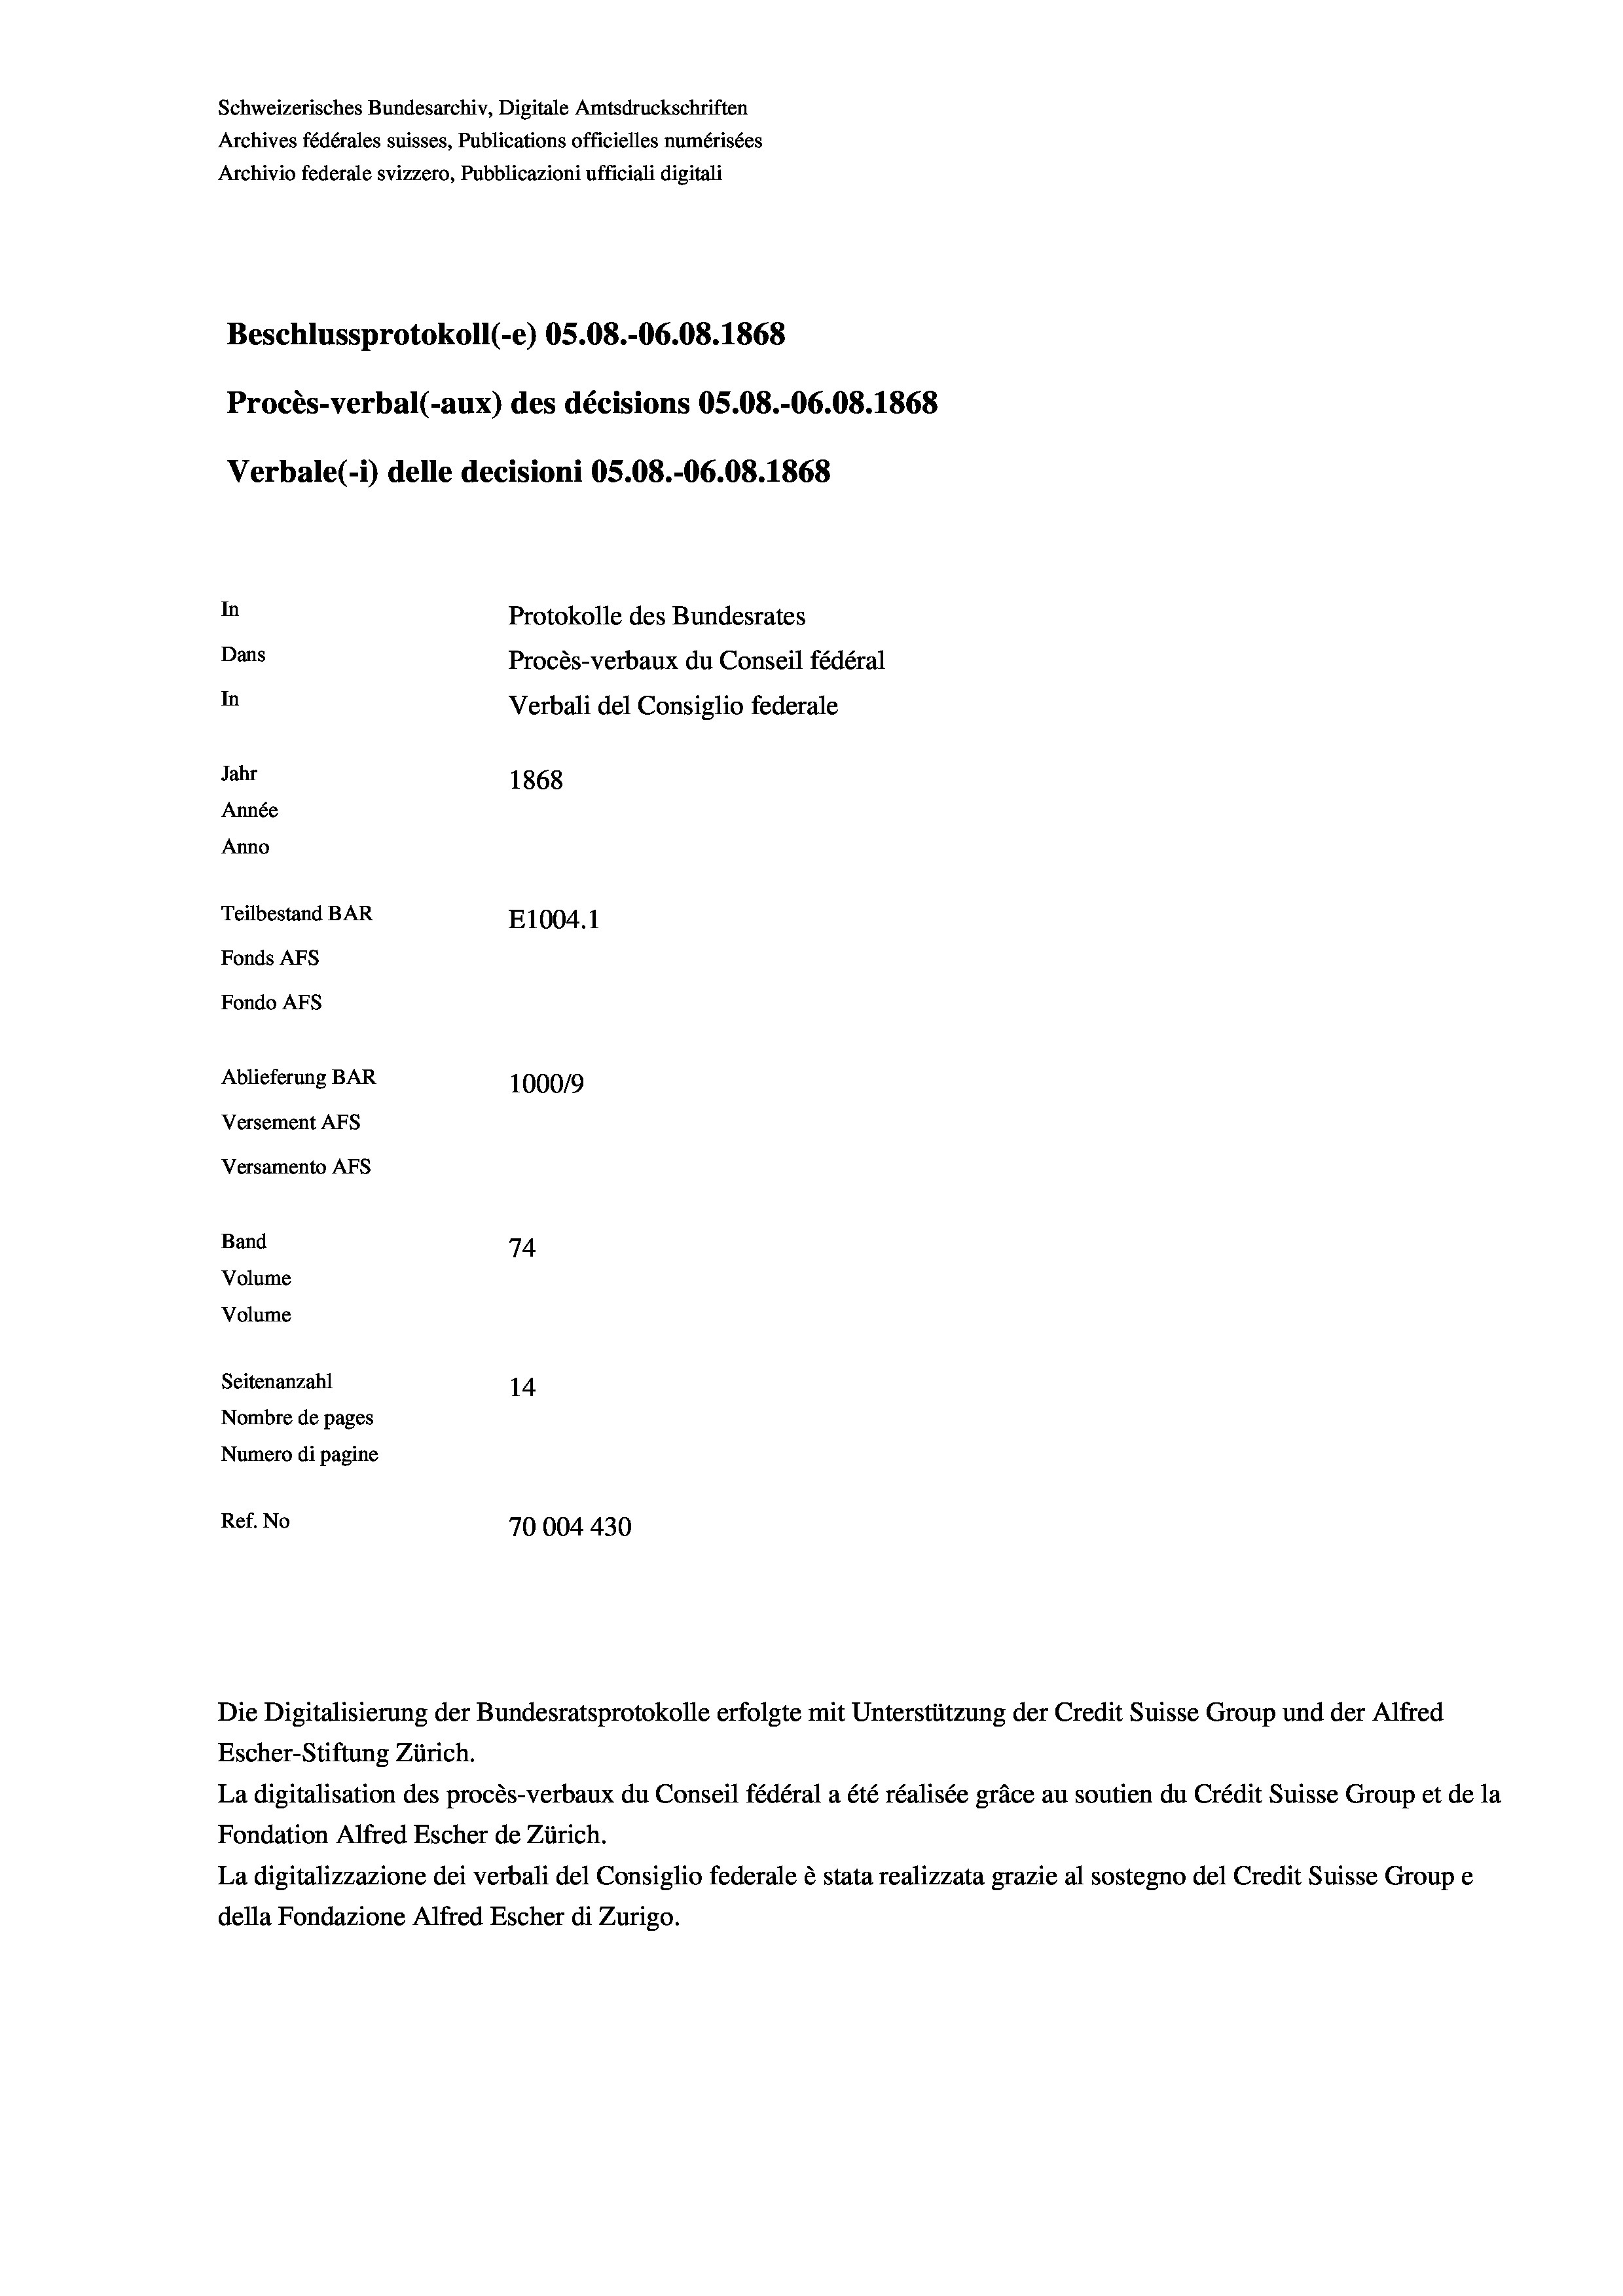
Schweizerisches Bundesarchiv, Digitale Amtsdruckschriften
Archives fédérales suisses, Publications officielles numérisées
Archivio federale svizzero, Pubblicazioni ufficiali digitali
Beschlussprotokoll (-e) OS.08.-06.08. 1868
Procès-verbal (-aux) des décisions OS.08.-06.08. 1868
Verbale(1) delle decisioni OS.08.-06.08. 1868
In
Protokolle des Bundesrates
Dans
Procès-verbaux du Conseil fédéral
In
Verbali del Consiglio federale
Jahr
1868
Année
Anno
Teilbestand BAR
E1004. 1
Fonds AFs
Fondo Afs
Ablieferung BAR
100019
Versement AFs
Versamento Afs
Band
74
Volume
Volume
Seitenanzahl
14
Nombre de pages
Numero di pagine
Ref. No
70004430

Die Digitalisierung der Bundesratsprotokolle erfolgte mit Unterstützung der Credit Suisse Group und der Alfred
Escher-Stiftung Zürich.
La digitalisation des procès-verbaux du Conseil fédéral a été réalisée gräce au soutien du Crédit Suisse Group et de la
Fondation Alfred Escher de Zürich.
La digitalizzazione dei verbali del Consiglio federale è stata realizzata grazie al sostegno del Credit Suisse Groupe
della Fondazione Alfred Escher di Zurigo.